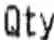
QTY